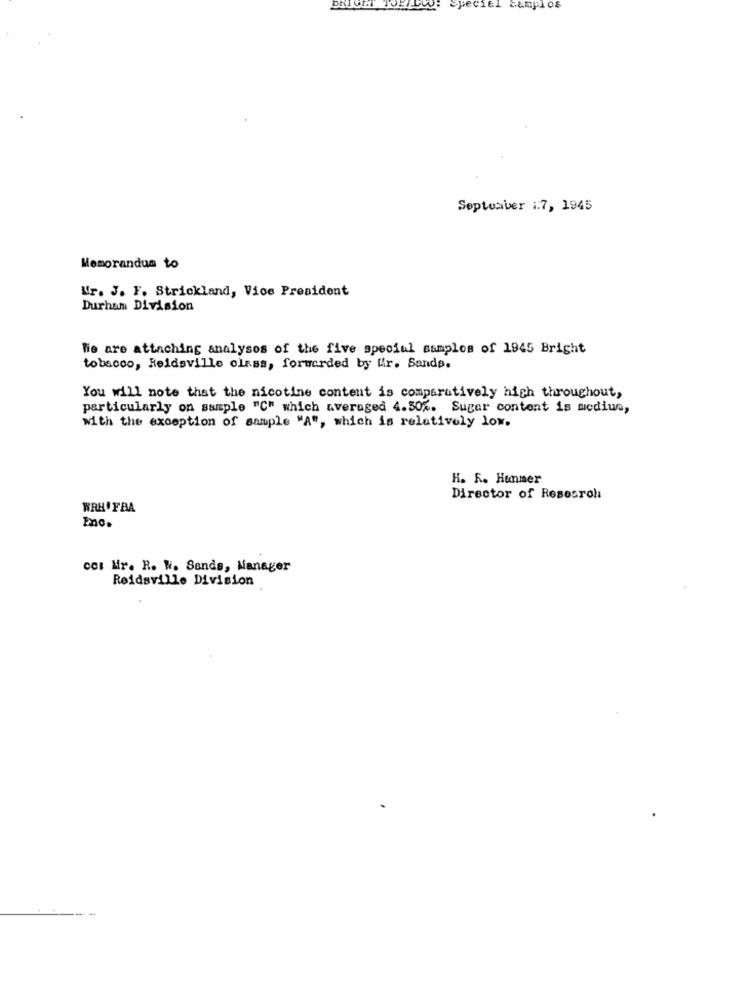
Speciel camplos
September 17, 1945
Memorandum to
Mr. J. F. Strickland, Vice President
Durham Division
We are attaching analyses of the five special samples of 1945 Bright
tobacco, Reidsville olass, forwarded by Wir. Sande.
You will note that the nicotine content is comparatively high throughout,
particularly on sample "C" which averaged 4.50%. Suger content is mcdiun,
with the exception of sample "A", which is relatively low.
H. R. Honmer
Director of Resesroli
WRHOFBA
Inc.
col Mr. R. W. Sands, Manager
Reidsville Division